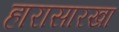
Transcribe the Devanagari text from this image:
हारासारखा